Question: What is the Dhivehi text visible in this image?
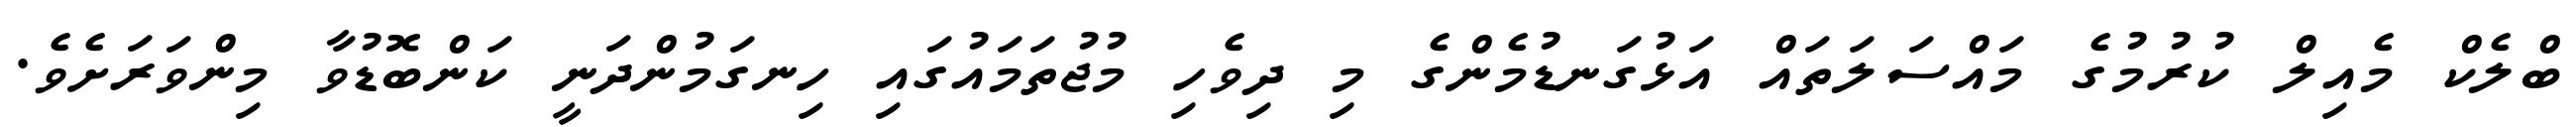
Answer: ބްލެކް މެއިލް ކުރުމުގެ މައްސަލަތައް އަޅުގަނޑުމެންގެ މި ދިވެހި މުޖުތަމައުގައި ހިނގަމުންދަނީ ކަންބޮޑުވާ މިންވަރަށެވެ.